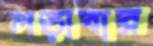
লড়াবার